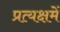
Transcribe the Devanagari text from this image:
प्रत्यक्षमें